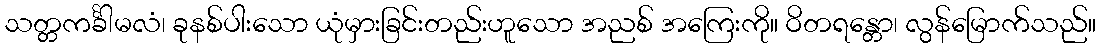
သတ္တကင်္ခါမလံ၊ ခုနစ်ပါးသော ယုံမှားခြင်းတည်းဟူသော အညစ် အကြေးကို။ ဝိတရန္တော၊ လွန်မြောက်သည်။